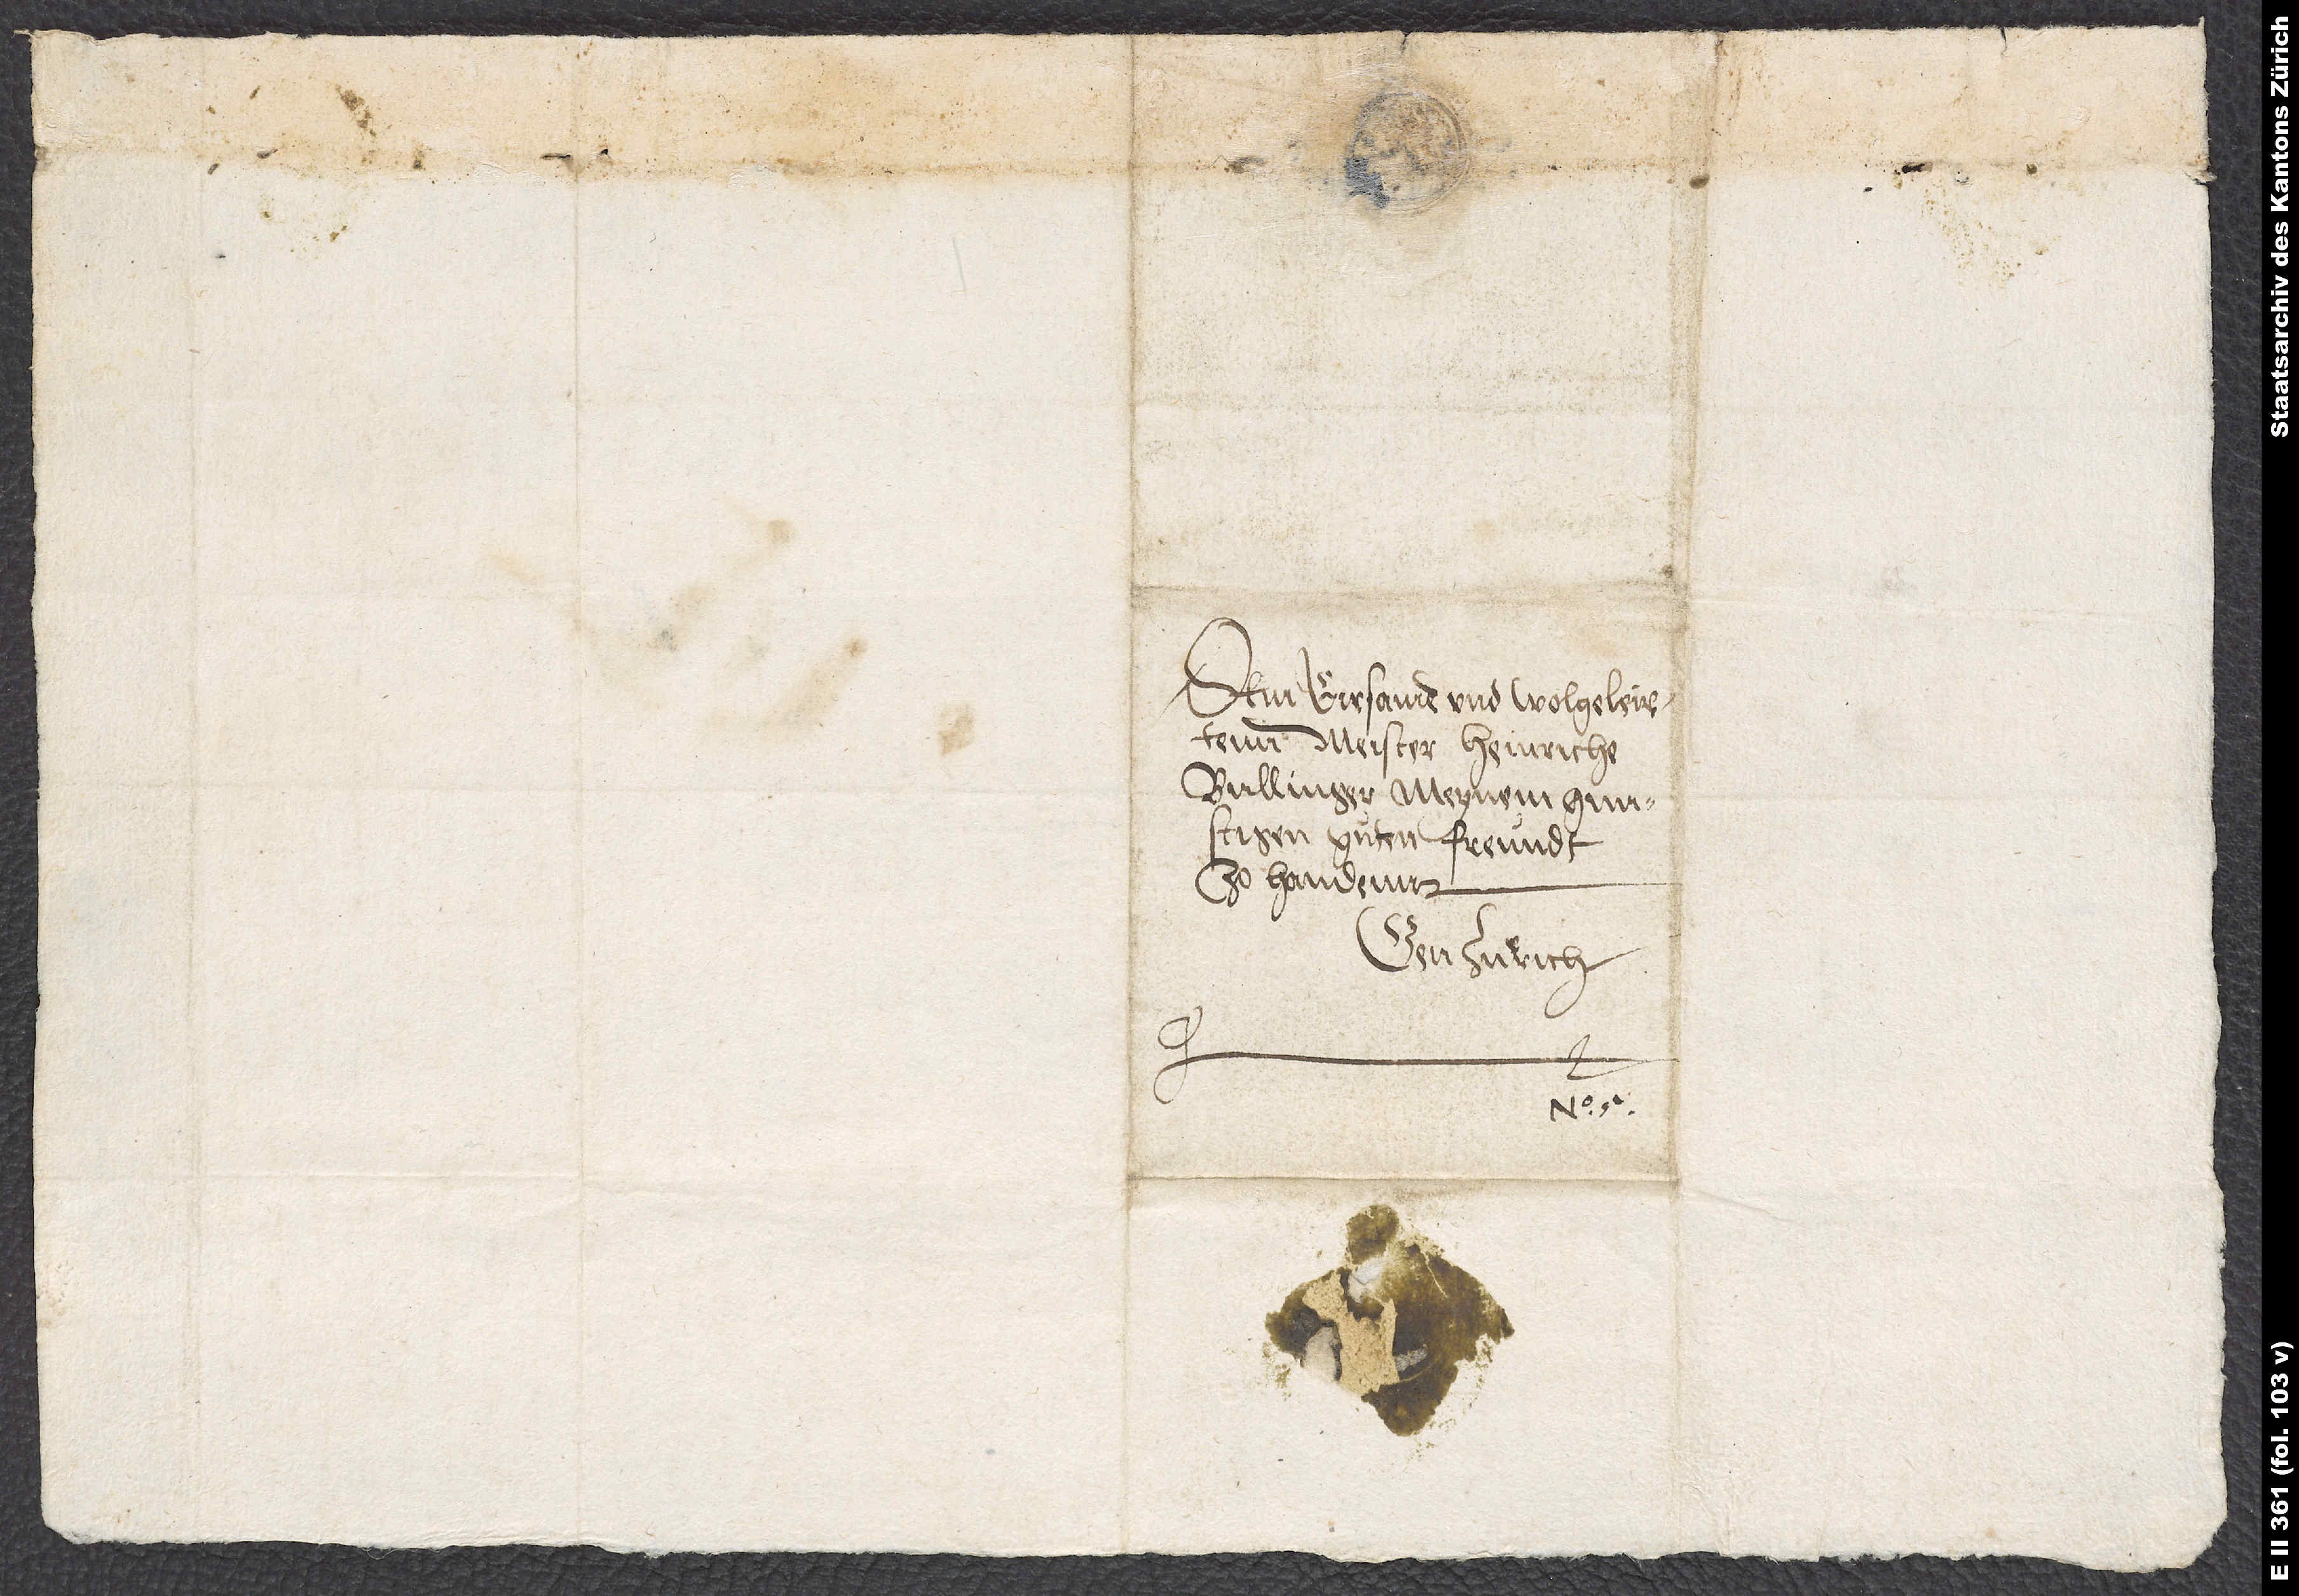
Dem eirsamen und wolgeleirtenn
Meister Heinriche
Bullinger, meynem gunstigen,
guten freundt
zo handenn.
Gen Zuͤrich.